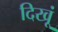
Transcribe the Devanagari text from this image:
दिखूं